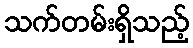
သက်တမ်းရှိသည့်